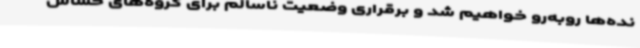
نده‌ها روبه‌رو خواهیم شد و برقراری وضعیت ناسالم برای گروه‌های حساس